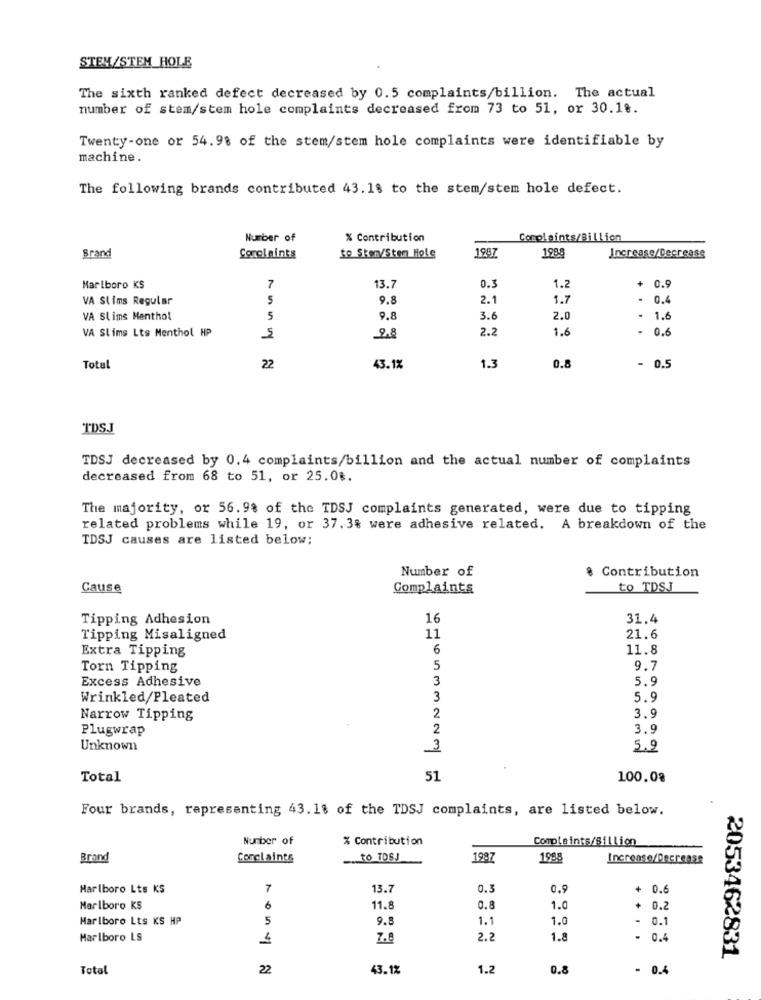
STEM/STEM HOLE
The sixth ranked defect decreased by 0.5 complaints/billion. The actual
number of stem/stem hole complaints decreased from 73 to 51, or 30.18.
Twenty-one or 54.98 of the stem/stem hole complaints were identifiable by
machine.
The following brands contributed 43.18 to the stem/stem hole defect.
Number of
% Contribution
Complaints/Billion
1987
1988
Brand
Corolaints
to Sken/Stem Hole
Increase/Decrease
Marlboro KS
7
13.7
0.3
1.2
+ 0.9
VA Slims Regular
5
9.8
2.1
1.7
- 0.4
VA Slims Menthol
5
9.8
3.6
2.0
· 1.6
VA Slims Lts Menthol HP
9,8
2.2
1.6
- 0.6
1.3
0.8
Total
22
43.1%
- 0.5
TDSJ
TDSJ decreased by 0.4 complaints/billion and the actual number of complaints
decreased from 68 to 51, or 25.0%.
The majority, or 56.9% of the TDSJ complaints generated, were due to tipping
related problems while 19, or 37.3% were adhesive related. A breakdown of the
TDSJ causes are listed below:
Number of
8 Contribution
Cause
Complaints
to TDSJ
Tipping Adhesion
16
31.4
Tipping Misaligned
11
21.6
Extra Tipping
6
11.8
Torn Tipping
5
9.7
Excess Adhesive
3
5.9
Wrinkled/Pleated
3
5.9
Narrow Tipping
2
3.9
Plugwrap
2
3.9
Unknown
3
5.9
Total
51
100.08
Four brands, representing 43. 18 of the TDSJ complaints, are listed below.
Number of
% Contribution
Complaints/Billion
Brand
Conclaints
to TOSJ
1997
1998
Increase/Decrease
Marlboro Lts KS
7
13.7
0.3
0.9
+ 0.6
Marlboro KS
6
11.8
0.8
1.0
0.2
Marlboro Lts KS HP
5
9.8
1.1
1.0
- 0.1
Marlboro LS
4
2.2
1.8
0.4
2053462831
Total
22
43.1%
1.2
0.8
- 0.4